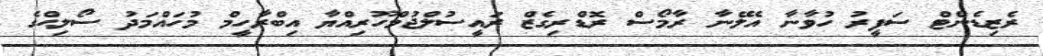
ރެޒިޑެންޓް ސަފީރު ހުވާނާ އެލޭނާ ރާމޯސް ރޮޑްރިގެޒް ރައީސުލްޖުމްހޫރިއްޔާ އިބްރާހީމް މުހައްމަދު ސޯލިޙްގެ